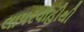
લાપરવાહીથી